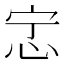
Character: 𫹿